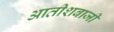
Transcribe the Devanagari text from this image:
आतीशबाजी